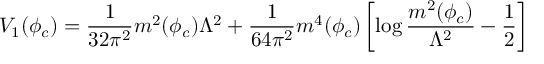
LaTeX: V _ { 1 } ( \phi _ { c } ) = \frac { 1 } { 3 2 \pi ^ { 2 } } m ^ { 2 } ( \phi _ { c } ) \Lambda ^ { 2 } + \frac { 1 } { 6 4 \pi ^ { 2 } } m ^ { 4 } ( \phi _ { c } ) \left[ \log \frac { m ^ { 2 } ( \phi _ { c } ) } { \Lambda ^ { 2 } } - \frac { 1 } { 2 } \right]